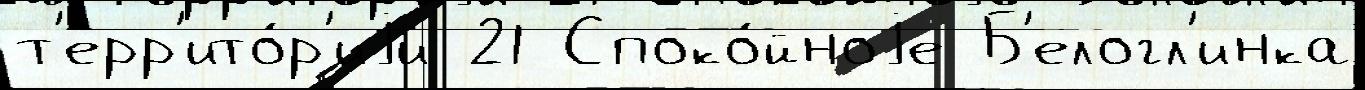
т'ерр'ито́р'иjи 21 Споко́йноjе Б'елогл'инка